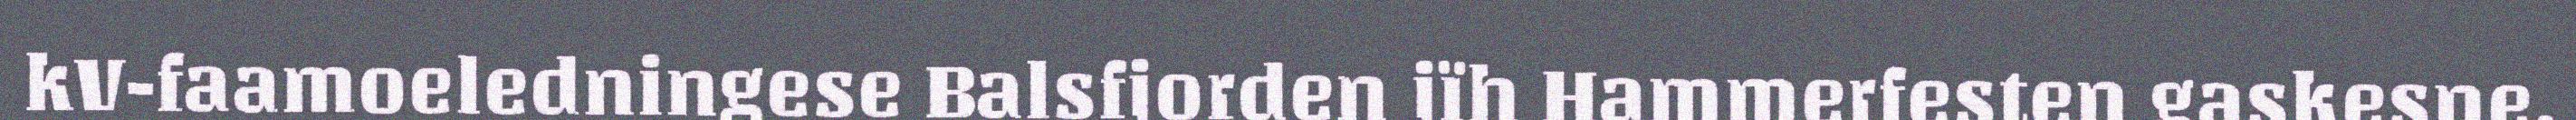
kV-faamoeledningese Balsfjorden jïh Hammerfesten gaskesne,